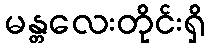
မန္တလေးတိုင်းရှိ